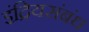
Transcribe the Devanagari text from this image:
इंद्रियसंबंध